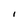
Character: I